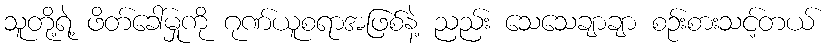
သူတို့ရဲ့ ဖိတ်ခေါ်မှုကို ဂုဏ်ယူစရာအဖြစ်နဲ့ ညည်း သေသေချာချာ စဉ်းစားသင့်တယ်